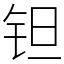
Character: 钽